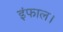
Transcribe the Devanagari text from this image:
इंफाल।